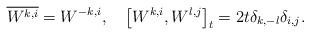
LaTeX: \begin{align*} \overline{W^{k, i}} = W^{-k, i}, \quad\big[W^{k, i}, W^{l, j} \big]_{t}= 2t \delta_{k, -l} \delta_{i, j} .\end{align*}